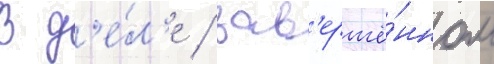
В д'е́л'е / зав'ершё́нном